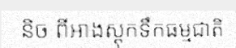
និច ពីអាងស្តុកទឹកធម្មជាតិ